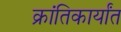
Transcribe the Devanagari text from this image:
क्रांतिकार्यांत